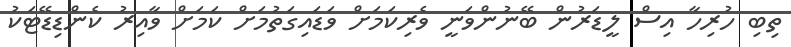
ތިބި ހުރިހާ އިސް ލީޑަރުން ބޭނުންވަނީ ވެރިކަމަށް ވަޑައިގަތުމަށް ކަމަށް ވާއިރު ކެންޑިޑޭޓަކު